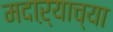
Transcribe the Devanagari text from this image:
मदाऱ्याच्या